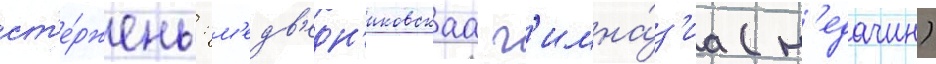
ст'е́ржень: м'едв'едн'иковскаа г'имна́з'иа (н'едачин)